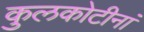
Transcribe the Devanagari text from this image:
कुलकोटीनां